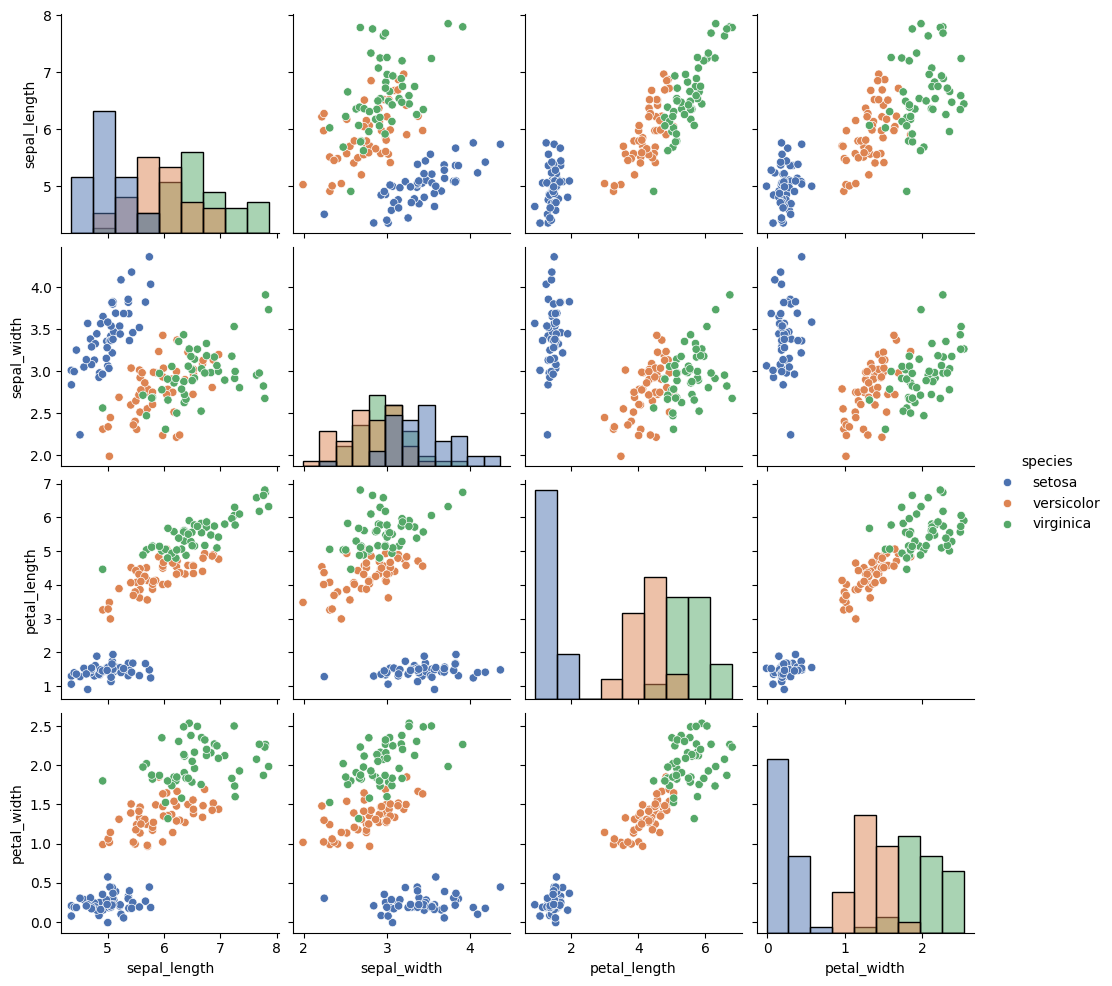
python, seaborn, pairplot, palette='deep', markers=['o'], kind='scatter', diag_kind='hist'